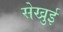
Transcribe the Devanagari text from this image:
सेखुई